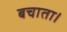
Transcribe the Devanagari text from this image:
बचाता।